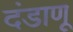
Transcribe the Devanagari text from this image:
दंडाणू